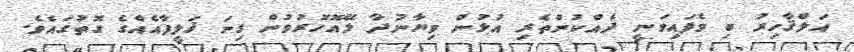
އަލްޤާހިރު ބި ވެފައިވަނީ ދެއްކުންތެރި އުޅުން ވިޔާނުދާ ލޭއޮހޮރުވުން ގިނަ ޚަލީފާއެއްގެ ގޮތުގައެވެ.